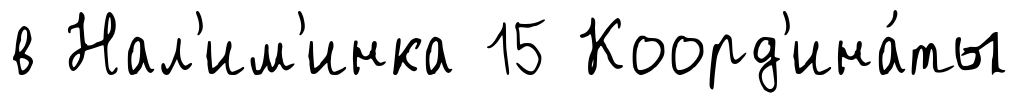
в Нал'им'инка 15 Коорд'ина́ты